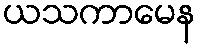
ယသကာမေန